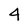
Character: 4